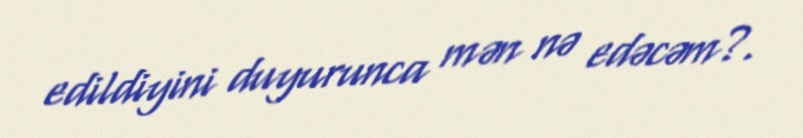
edildiyini duyurunca mən nə edəcəm?.